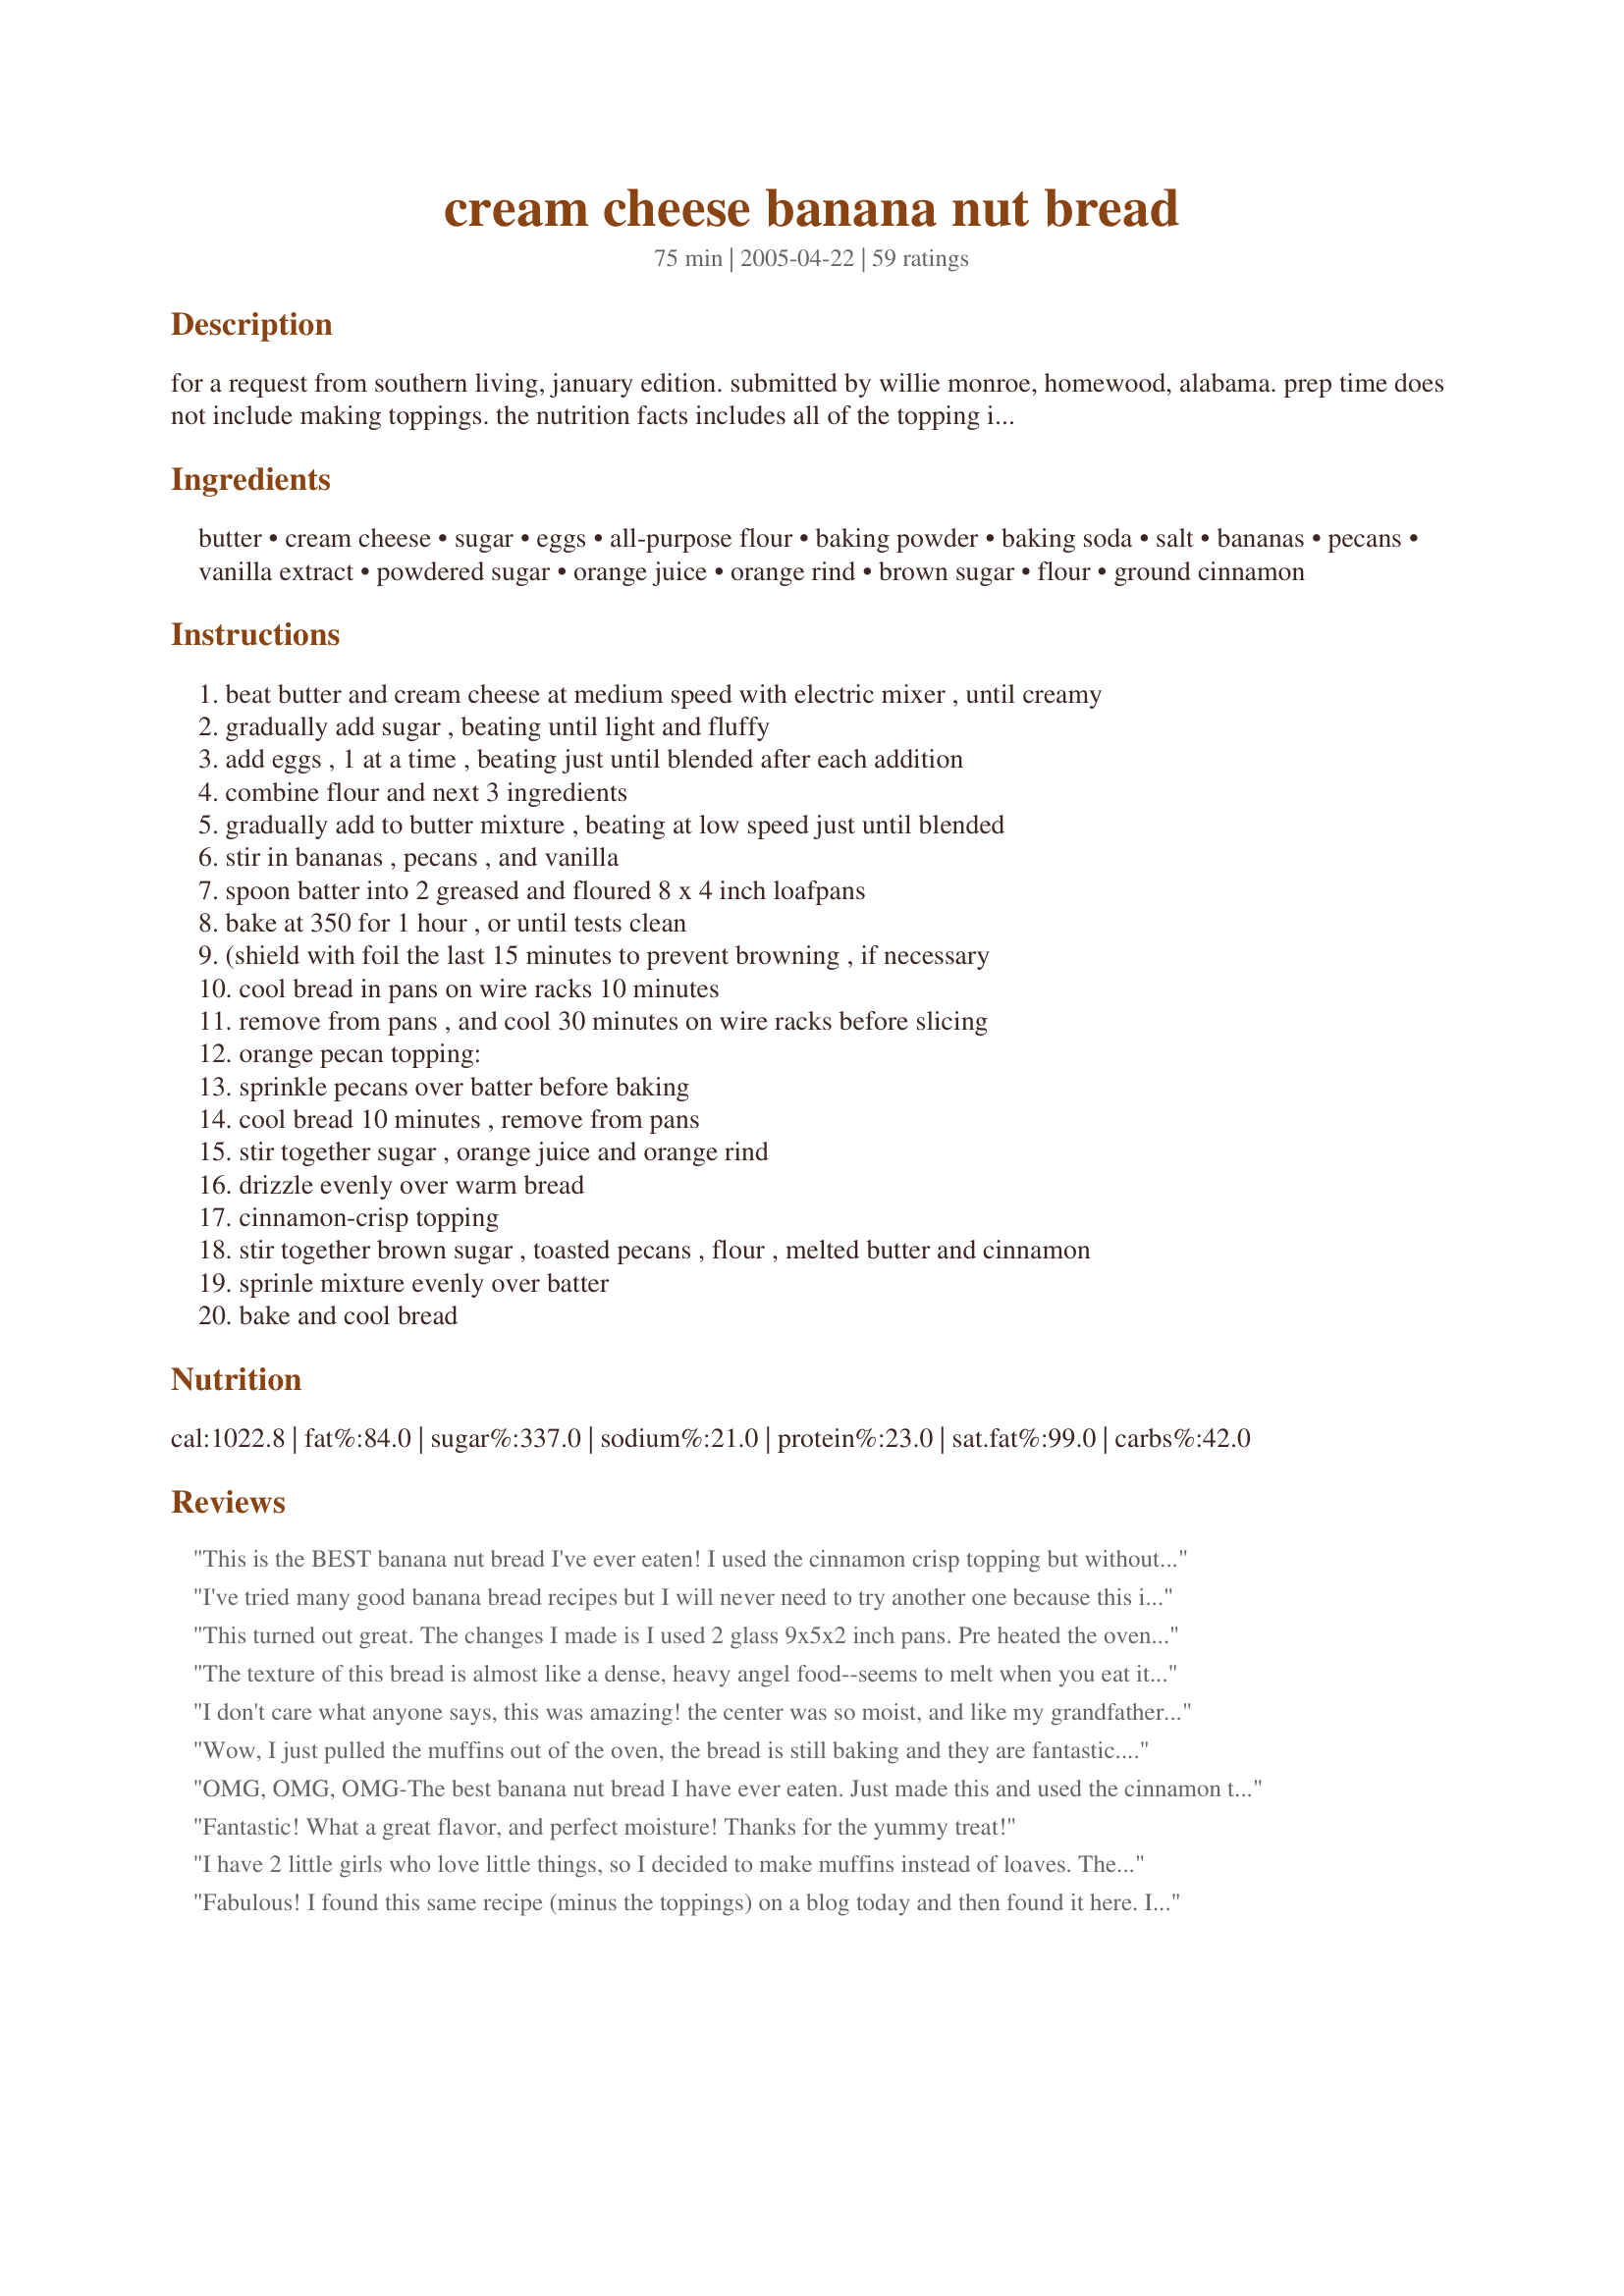
cream cheese banana nut bread
Preparation time: 75 minutes

for a request from southern living, january edition. submitted by willie monroe, homewood, alabama. prep time does not include making toppings. the nutrition facts includes all of the topping ingredients.

Ingredients:
butter, cream cheese, sugar, eggs, all-purpose flour, baking powder, baking soda, salt, bananas, pecans, vanilla extract, powdered sugar, orange juice, orange rind, brown sugar, flour, ground cinnamon

Steps:
beat butter and cream cheese at medium speed with electric mixer , until creamy
gradually add sugar , beating until light and fluffy
add eggs , 1 at a time , beating just until blended after each addition
combine flour and next 3 ingredients
gradually add to butter mixture , beating at low speed just until blended
stir in bananas , pecans , and vanilla
spoon batter into 2 greased and floured 8 x 4 inch loafpans
bake at 350 for 1 hour , or until tests clean
(shield with foil the last 15 minutes to prevent browning , if necessary
cool bread in pans on wire racks 10 minutes
remove from pans , and cool 30 minutes on wire racks before slicing
orange pecan topping:
sprinkle pecans over batter before baking
cool bread 10 minutes , remove from pans
stir together sugar , orange juice and orange rind
drizzle evenly over warm bread
cinnamon-crisp topping
stir together brown sugar , toasted pecans , flour , melted butter and cinnamon
sprinle mixture evenly over batter
bake and cool bread

Reviews:
This is the BEST banana nut bread I've ever eaten! I used the cinnamon crisp topping but without the extra pecans. I'm gonna have to buy more bananas now! -)
I've tried many good banana bread recipes but I will never need to try another one because this is the ONE! I didn't bother to toast the nuts and it was still fab! The cinnamon crisp topping really makes it special. This is a keeper. Thanks.
This turned out great. The changes I made is I used 2 glass 9x5x2 inch pans. Pre heated the oven 325 degrees and baked for 60 minutes. Instead of nuts I used 1/4 cup of miniature chocolate chips. Then I sprinkled sugar in the raw on top before putting in the oven.
The texture of this bread is almost like a dense, heavy angel food--seems to melt when you eat it. So delicious! I used the orange glaze, and it's tart/sweet acidity complemented the cream cheese well. This is one of my new favorite recipes; will continue to make it---thanks for posting, Miss Annie!
I don't care what anyone says, this was amazing! the center was so moist, and like my grandfather said, the topping was like Christmas lol. Everyone who ate it gave it 5 stars, and I'll defiantly be making this again. Thanks for the great recipe!
Wow, I just pulled the muffins out of the oven, the bread is still baking and they are fantastic. The only slight change I made was the only cream cheese I had was Philadelphia Cinnamon and brown sugar swirl that complemented the banana taste. I was able to make one loaf and six large muffins (30 minutes to cook). Thank you for such a great reciepie.
OMG, OMG, OMG-The best banana nut bread I have ever eaten. Just made this and used the cinnamon topping.I always wondered how Bread Company made their wonderful crunchy topping for their bagels.Now I know. Thanks for this really great recipe.
Fantastic! What a great flavor, and perfect moisture! Thanks for the yummy treat!
I have 2 little girls who love little things, so I decided to make muffins instead of loaves. These were delicious, everybody loved them! They are soooo moist! I didn't add any nuts because nobody likes them. I used the cinnamon topping, but I did have to double it for the muffins. I ended up with 30-35, don't know exactly cause I turned around and they were already being eaten! Next day I walk in the kitchen to see my 15 month old trying to scale the counter to get one! Thank you for a delicious recipe and I can guarantee this will be the only banana bread I make!
Fabulous! I found this same recipe (minus the toppings) on a blog today and then found it here. I like banana bread anyway, but this is just over the top with the added cream cheese. I used the lite cream cheese and didn't have pecans, so used English walnuts. Be sure to test with a toothpick so the middle isn't still wobbly.
Wonderful! This is the best banana bread ever. Smooth dense texture, with amazing banana flavor. I followed the recipe exactly, very easy to make. Most recipes call for walnuts, but the pecans give it a much better flavor, a little sweeeter. Next time I'm going to make one loaf and put the rest in muffins. Thanks Miss Annie!
My God, is this ever a fantastic recipe Miss Annie! Just the loaf itself is delicious, I omitted the cinnamon crisp topping, but drizzled the OJ topping over the warm bread, next time I will add on the cinnamon crisp topping. I took one loaf over to my neibhours house, and had to come home to print out your recipe. this is a recipe that I will definately make again, it is delicious! thanks for sharing Miss Annie... EVERYONE try this!!!!...Kitten:)
OMG... These are Celestial just like other reviewers said, I made minor tweaks to this recipe just because I love crumb topping so I doubled it plus I put in twice the cinnamon. My Son says this gets more than just 5 stars it is a constellation all by its self. Oh and we used Walnuts because that is what I had on hand. Because I have no bread pans (had the glass ones they broke) I made muffins, 36 of them with a good Tablespoon each of crumb toppingâ€¦â€¦â€¦â€¦â€¦.oh Yum Thank You Miss Annie
I made this with the orange pecan topping and it was good. I have to admit (and no idea how it happened) I forget to add the butter, however, it wasn't too bad and everyone ate it. I made it again a few days ago and it was so light and fluffy. I was going to use a cream cheese topping but it was sliced while still warm and enjoyed by all.
This was the "most best-est" banana bread ever! I used to only use the one from the old, old red and white BC cookbook, but am now a changed chef!... made it in an angel food cake pan, lined with parchment, (added 15 minutes to the time as it was still very runny inside when doing the toothpick test), added the cinnamon topping, and used 3 frozen bananas + 1/2 of a ripe one, plus walnuts and it was perfect! I got 20 ample slices from the bread... Do not look any further... this is excellent!
This was a good banana bread, but the appearance wasn't that great - it came out of the oven incredibly high and then fell within the first 5 minutes. I used the cinnamon-crisp topping and everyone loved it, as something different in a banana bread. I probably will make this again.
Excellent bread, next time I will use 1/2 cup more banana, and less brown sugar for the cinnamon topping... but anyway this is an amazing bread, THANK YOU!!!!
Really excellent banana bread...wonderfully moist and light. I used cake flour (because I started it and then realized I didn't have AP) and I think that really made for a light spongy texture. I also used the Splenda baking blend because I'm watching sugar intake. It was terrific and there is no doubt in my mind it would be sinful as written! I did the cinnamon topping and will try the orange one next! Thanks so much for requesting and posting this Miss Annie!
Somebody better pinch me quick!! This banana bread is sensational! A texture unlike quite any other banana bread I have ever tasted! Full of flavor with a light and rich fluffiness instead of dense like most other banana breads I've made. Yet in no way is it lacking in flavor! V e r y flavorful!! I made the Cinnamon-Crisp Topping, and I have known from making other toppings, to automatically double it : ) I made one 8 x 4 loaf and 6 jumbo muffins which I plan to wrap individually and freeze for a quick breakfast or snack. I toasted the pecans that went into the mix and did not toast the one going into the topping. They will toast on their own while baking. Miss Annie, what can I say? You're the TOPS!
This is my new favorite banana bread! I love the texture and the choice of toppings. The cream cheese really adds to the bread. Thanks, Carole in Orlando
Only banana bread I make! My family calls it "The Bread."
This is by far the best banana bread I have ever made or tasted. It has a wonderful light and fluffy texture that I have never seen in a banana bread. My husband loves it so much he brings it on his business trips to give out to co-workers! Thanks for the recipe!
I first discovered this recipe when my family gave me a Southern Living cookbook for Christmas. This is, bar none, the BEST recipe for Banana Nut bread found anywhere.<br/><br/>I've never understood, however, why it is people will come onto these sites, rave about the recipe, and then say, "But I changed it a bit and did..." If you have to change the recipe, you obviously didn't love it, you just want people to give you validation yours is better.<br/><br/>My strong, STRONG suggestion is to not listen to the people who want you to do things their way (read: control freaks) and follow this tried-and-true recipe. It's the best one you'll find anywhere. Oh, and the first three ingredients make a darn good frosting if you use powdered instead of granular sugar.
I made the recipe without nuts and used muffin tins; it made 3 dozen. I took the muffins to a potluck and came home without any...they were a hit!
I made this for a bunch of fishermen and women at fish camp up here in Alaska and they have requested it two more times in a week. The only change I made was adding a rounded tsp. of cinnamon and also cut back on the sugar. I didn't add any toppings yet but will try it on the next loaf.
This was so delicious...we ate some for dessert after it came out of the oven. I made exactly as directed (with the cinnamon-crisp topping) except that I am experimenting baking with Splenda so I substituted that for 1 cup of the sugar. This is definitely good enough for company or gift-giving.
I am resubmitting my review as I forgot to add the stars. This is one of those recipes I make all the time so I knew I owed a review. This is fabulous and a big hit with friends and family. I usually make this into muffins as it makes it easier to share! I always top with the cinnamon crisp topping which I push into the batter or else when the muffins rise, a lot of topping will fall off. 20 to 25 minutes if you make muffins. This is a great recipe. Thanks!!!
This is really good, it is different than most banana breads, maybe not as moist or as dark but still very yummy. I love the topping. Easy to make and tastes wonderful. I used walnuts instead of pecans just because its what I had on hand. My husband is a banana bread freak and has demolished one loaf by himself and has started the second one. My daughter took a piece in her school lunch and the TA sent a note home asking for the recipe because it looked and smelled so good. Thanks for a great recipe.
Usually, we bake our banana breads using another recipe from this site as it is a very good one. Today, I decided to try this one out, just for comparison. Decreased the sugar to 1 1/2 cup as per other reviewers' suggestion, and found the sweetness to be enough. My daughter really loves this one, so now we have two recipes that we love. Thank you for posting.
ABSOLUTELY DIVINE!!!! I used a stoneware bread pan and a muffin tin together in my convection oven. The muffins were a little over done (should have read the other reviews a litle closer), but the bread pan took about another 20 minutes. Next time, I'll just use two bread pans. I just used the cinnamon topping. YUMMY!
Before 'Zaar, I was a big Southern Living fan and have many of their annual recipes books. This banana bread, like so many of their recipes is wonderful. Love that it made two loaves; one is in the freezer to enjoy later. The bread tasted even better today. I used the cinnamon crisp topping. Next time I make this, I will use the orange pecan topping. That sounds good too. Thanks for sharing this great recipe, Annie.
Awesome - even without the nuts! Made one loaf and used the rest of the batter for muffins. Kids loved both.
This was an 'ok' Banana nut bread but I won't be adding this one to my cookbooks. sorry.
absolutely delish used walnuts all I had on hand for now will make with pecans next time used the brown sugar/ cinn. topping the whole was great ,thank you miss annie
OH MY STARS!! A kazillion stars for this one!! I had heard about this recipe and posted a request for it. Miss Annie took the time to enter it JUST FOR ME!! (lol) I am soooo grateful she did! This is the lightest, fluffiest banana nut bread I have ever tasted. I have been in heaven all afternoon. It was very easy to put together also. I laid the cheese and butter out this morning to soften and put it together after lunch. I used the cinnamon crisp topping minus the extra pecans (felt like it had enough pecans in bread) I hope you enjoy this recipe as much as my family and I have! THANK YOU MISS ANNIE!! — **edited to add I made one (8"x4")loaf and 12 muffins. The muffins were done in about 30/35 mins. These were a hit also!!
Loved it! Super moist, full flavor, and pretty easy preparation. I didn't use the toppings, we were too eager to cut into it. Still have plenty left, I guess I will try the orange topping. Our new favorite banana bread recipe!
SOOOOO good!!! I was wondering if this could be made in a bundt pan and how long it would have to cook. I think that would be really pretty, with the drizzle and nuts over top
Wow!! Amazing! I love cream cheese in anything so I knew this would be wonderful. The cream cheese seems to really bring out the banana flavor. I ate one loaf and gave another as a gift to my husbands co-worker. I used the Cinnamon-Crisp Topping. It was so good, this is one recipe I'll be using alot and is now my all time fav. banana bread.
I first tried this recipe years ago after seeing it in on of my Sourthern Living cookbooks. It's simply awesome & the best banana-nut bread I've ever eaten. I never make thetoppings because the bread is exquisite with them. Unbeatable. I've used the low-fat cream cheese & decreased the sugar to 1.5 cups w/ no problems at all. Wonderful!
awsome recipe
This is the 4th banana bread recipe I have tried, and although it wasn't my favorite, it was worth making. Light, fluffy and moist. The banana flavor is not as intense as most, I think that might be due to the cream cheese mellowing out the taste of the banana. Thanks for sharing!
The bread is very yummy! I made one loaf and 12 regular size muffins. I used the cinnamon crisp topping, but in my opinion, it was too much sugar and not enough cinnamon and the bread doesn't really need it anyways, it is delicious without it. I'll leave it off the next time. A definite keeper!
Excellent bread -- very moist & dense, with really good banana flavor. I did make a couple of adjustments - I used 1/4 c applesauce with 1/2 c butter, replaced 1c of the sugar with granulated Splenda, ground up the pecans & increased the mashed bananas to 2 cups. With the extra bananas, I probably should have added a little more leavening - but regardless, it is delicious. I didn't try the toppings ... maybe next time. Even DH (who doesn't like cream cheese) really enjoyed this bread. Thanks for posting - I will be making this one again. -M =)
Wonderful!!
This was one of the best recipes I got outta my Southern Living subscription. I have to admit, when I sent it off to Pop's store (he's the mgr.)they were swarmin this like flies on a cow's butt! It reheats easily but is good room temp. and the dentist even approved when I took him a piece. (I share a lot since I'm diabetic but love to bake.) I'm definately going to be making this for holiday gifts! GIVE THIS A TRY IF YOU HAVEN'T YET!
I have baked a banana nut bread using cream cheese before. This is by far the best banana nut bread with cream cheese that I r have ever eaten. The only problem I have is that it crumbles when slicing. Yes I did let it cool before slicing. Other than that I am quite happy with it. Nice change from the traditional banana nut bread which I love.
Hands down the BEST banana bread I've ever eaten!! I've been looking for the perfect banana bread recipe for years and this is it! Not sure if I want to share the recipe with others or not! ;) Thanks for posting it!
I messed around a little bit with this recipe: used 1/2c raw evaporated cane juice for 1/2c of the sugar, used 1c whole wheat pastry flour instead of 1c of the flour, used 1/2 marg and 1/2 oil for the butter, and skipped the topping because of time restraints. I love the mini-muffins--they are soft inside with a crisp, buttery crust that gives this recipe a 5th star from me. Made about 2 dozen of the minis, plus a large loaf.
Yum, this was a great bread! It was a big hit at work where we had breakfast day. It was easy to make and easy to eat!! Also, it makes plenty, you can freeze one for later!
Awesome...My first banana bread and it was amazing. I used the cinnamon crisp topping. It gave it a crispy outside and soft, fluffy inside. I will make this many times. Thank you so much.
One word: AWESOME. These were unbelievably moist. I left out the toppings and cut down the sugar to about 1.5 cups and they turned out excellent!! The best banana nut bread recipe!
This was wonderful! It was so moist and I loved the cinnamon topping. I made a loaf and 12 muffins and both came out perfectly. I know I will be making this bread a lot! Thank you for the wonderful recipe!
This is my favorite recipe. I use the orange pecan topping. It is very delish! I do not roast the pecans though. They still come out perfect. I do sub the nuts for walnut and/or almond.
I made this at Christmas time and everyone loved it, including me! I will make this again and won't use any other recipe from now on. Extremely delicious! Thanks for sharing this recipe.
Miss annie... this banana bread is top of the ritz.. I agree with bev, mizz nezz and kittencal's reviews, they say it all... thanks for posting this recipe.
The best banana bread I have ever made!!!! Thank you for sharing
Best banana bread I have ever made!
I didn't have time to make topping, but the banana bread is delicious without any. This recipe halves easily and makes a nice light loaf. Next time I will try it with a topping. Thanks Miss Annie--I read your bio and just ordered a copy of "Texas Home Cooking." It sounds like an interesting cookbook and worth a try!
Great flavor and texture. I left the bread plain without any toppings and it was still very good! Thanks Miss Annie!
